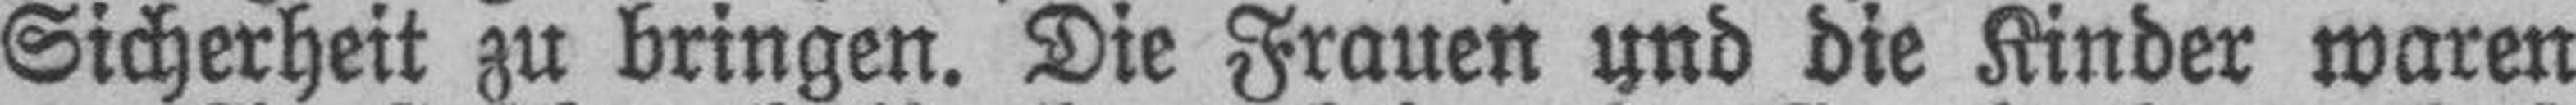
Sicherheit zu bringen. Die Frauen und die Kinder waren